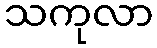
သကုလာ